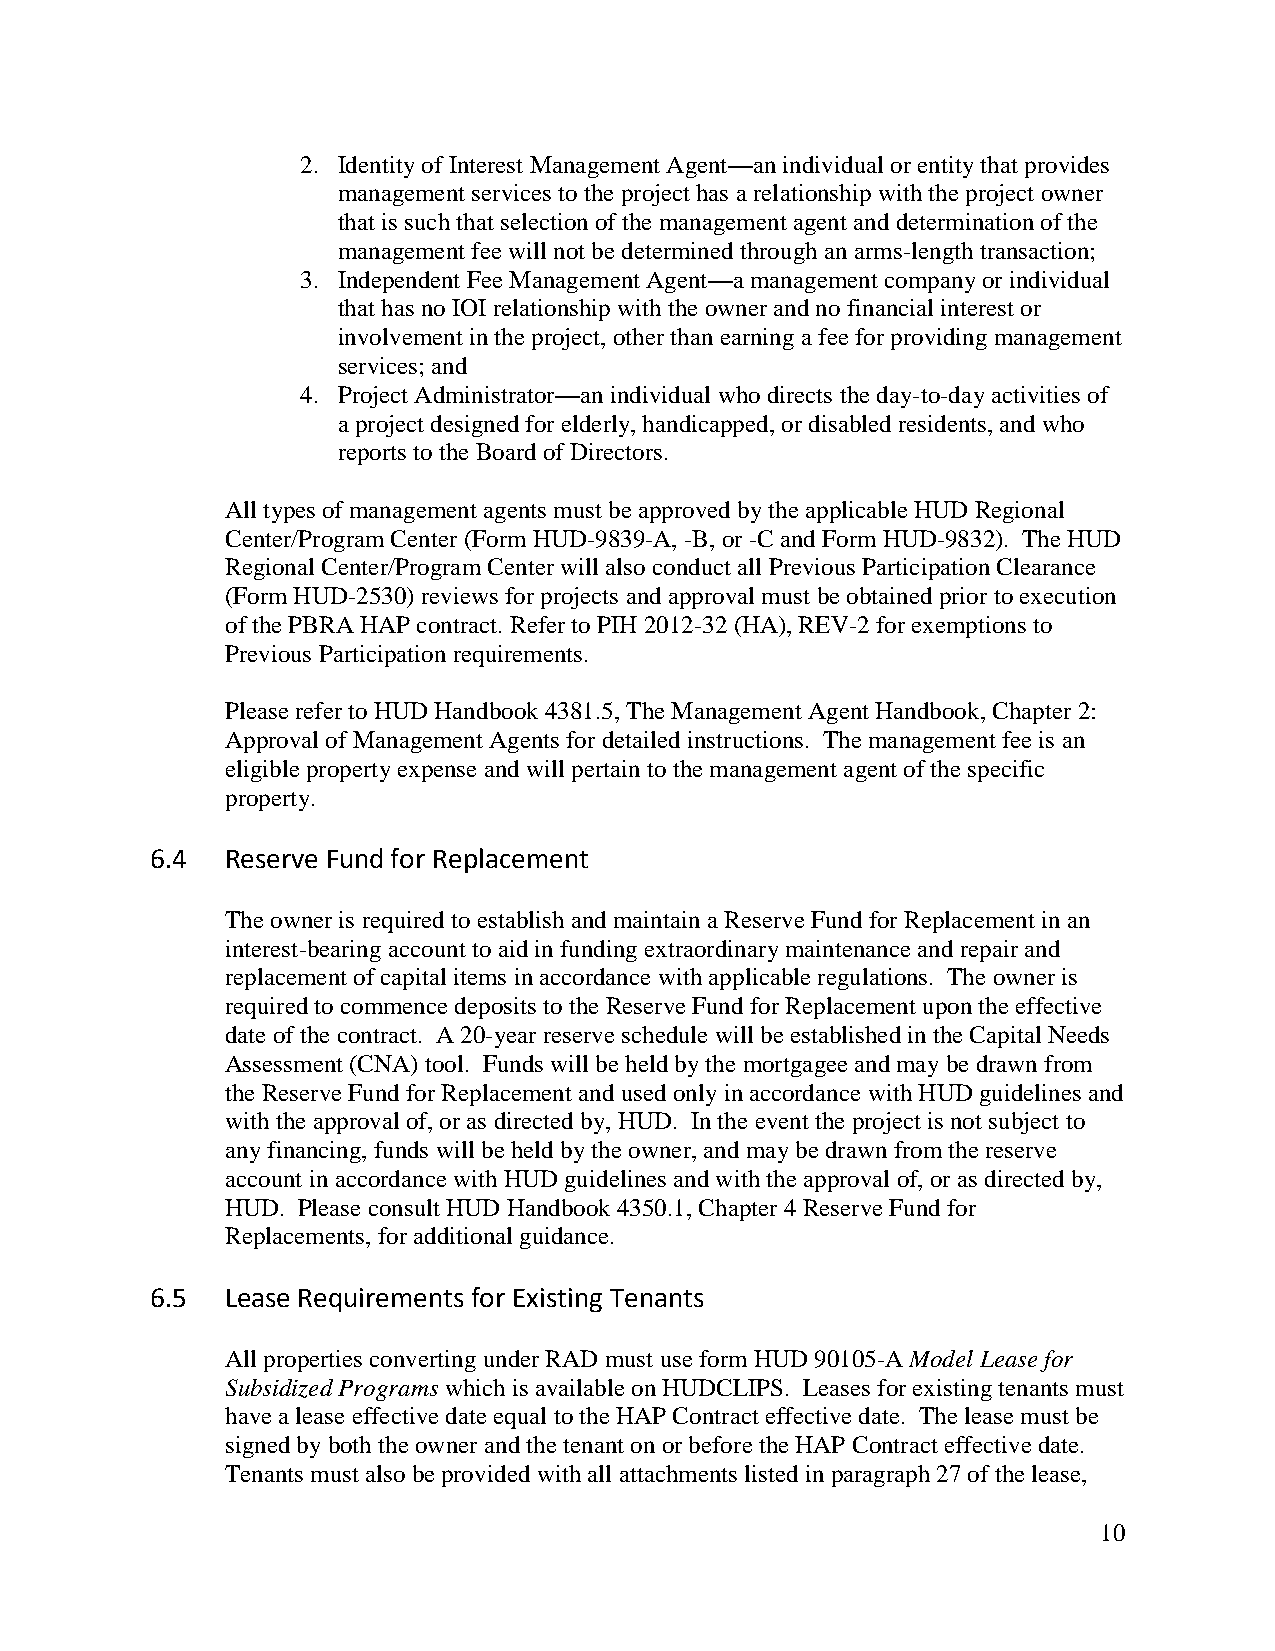
2. Identity of Interest Management Agent—an individual or entity that provides
 management services to the project has a relationship with the project owner
 that is such that selection of the management agent and determination of the
 management fee will not be determined through an arms-length transaction;
 3. Independent Fee Management Agent—a management company or individual
 that has no IOI relationship with the owner and no financial interest or
 involvement in the project, other than earning a fee for providing management
 services; and
 4. Project Administrator—an individual who directs the day-to-day activities of
 a project designed for elderly, handicapped, or disabled residents, and who
 reports to the Board of Directors.
 All types of management agents must be approved by the applicable HUD Regional
 Center/Program Center (Form HUD-9839-A, -B, or -C and Form HUD-9832). The HUD
 Regional Center/Program Center will also conduct all Previous Participation Clearance
 (Form HUD-2530) reviews for projects and approval must be obtained prior to execution
 of the PBRA HAP contract. Refer to PIH 2012-32 (HA), REV-2 for exemptions to
 Previous Participation requirements.
 Please refer to HUD Handbook 4381.5, The Management Agent Handbook, Chapter 2:
 Approval of Management Agents for detailed instructions. The management fee is an
 eligible property expense and will pertain to the management agent of the specific
 property.
 6.4  Reserve Fund for Replacement
 The owner is required to establish and maintain a Reserve Fund for Replacement in an
 interest-bearing account to aid in funding extraordinary maintenance and repair and
 replacement of capital items in accordance with applicable regulations. The owner is
 required to commence deposits to the Reserve Fund for Replacement upon the effective
 date of the contract. A 20-year reserve schedule will be established in the Capital Needs
 Assessment (CNA) tool. Funds will be held by the mortgagee and may be drawn from
 the Reserve Fund for Replacement and used only in accordance with HUD guidelines and
 with the approval of, or as directed by, HUD. In the event the project is not subject to
 any financing, funds will be held by the owner, and may be drawn from the reserve
 account in accordance with HUD guidelines and with the approval of, or as directed by,
 HUD. Please consult HUD Handbook 4350.1, Chapter 4 Reserve Fund for
 Replacements, for additional guidance.
 6.5  Lease Requirements for Existing Tenants
 All properties converting under RAD must use form HUD 90105-A Model Lease for
 Subsidized Programs which is available on HUDCLIPS. Leases for existing tenants must
 have a lease effective date equal to the HAP Contract effective date. The lease must be
 signed by both the owner and the tenant on or before the HAP Contract effective date.
 Tenants must also be provided with all attachments listed in paragraph 27 of the lease,
 10